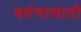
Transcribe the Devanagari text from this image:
चर्वणासाठी